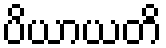
ပိယာယတိ